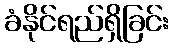
ခံနိုင်ရည်ရှိခြင်း